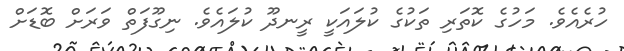
ހުރެއެވެ. މަހުގެ ކޮތަރި ތަކުގެ ކުލައަކީ ރީނދޫ ކުލައެވެ. ނިގޫފަތް ވަރަށް ބޮޑަށް